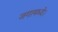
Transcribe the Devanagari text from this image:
जगामध्ये।